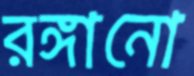
রঙ্গানো